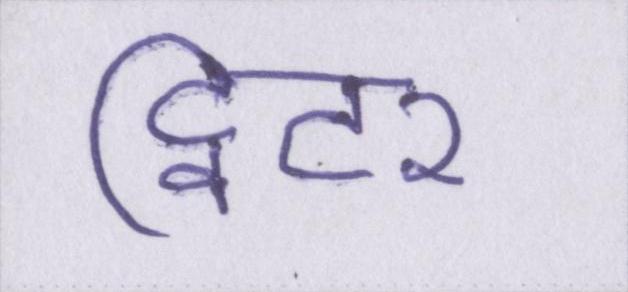
ट्विटर